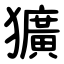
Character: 獷